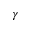
\gamma